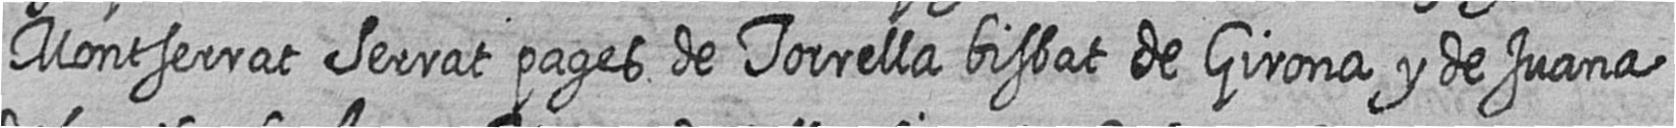
Montserrat Serrat pages de Torrella bisbat de Girona y de Juana